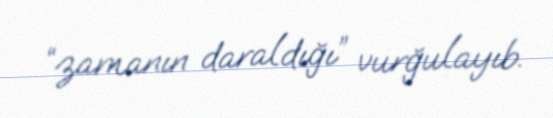
“zamanın daraldığı” vurğulayıb.